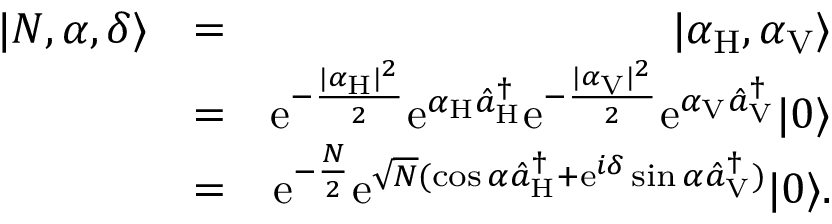
\begin{array} { r l r } { | N , \alpha , \delta \rangle } & { = } & { | \alpha _ { \mathrm { H } } , \alpha _ { \mathrm { V } } \rangle } \\ & { = } & { \mathrm { e } ^ { - \frac { | \alpha _ { \mathrm { H } } | ^ { 2 } } { 2 } } \mathrm { e } ^ { \alpha _ { \mathrm { H } } \hat { a } _ { \mathrm { H } } ^ { \dagger } } \mathrm { e } ^ { - \frac { | \alpha _ { \mathrm { V } } | ^ { 2 } } { 2 } } \mathrm { e } ^ { \alpha _ { \mathrm { V } } \hat { a } _ { \mathrm { V } } ^ { \dagger } } | 0 \rangle } \\ & { = } & { \mathrm { e } ^ { - \frac { N } { 2 } } \mathrm { e } ^ { \sqrt { N } ( \cos \alpha \hat { a } _ { \mathrm { H } } ^ { \dagger } + \mathrm { e } ^ { i \delta } \sin \alpha \hat { a } _ { \mathrm { V } } ^ { \dagger } ) } | 0 \rangle . } \end{array}